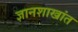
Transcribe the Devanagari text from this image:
ज्ञानशाखांत